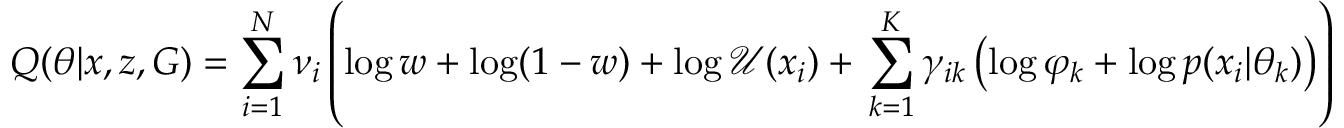
Q ( \theta | x , z , G ) = \sum _ { i = 1 } ^ { N } \nu _ { i } \left( \log w + \log ( 1 - w ) + \log { \mathcal { U } ( x _ { i } ) } + \, \sum _ { k = 1 } ^ { K } \gamma _ { i k } \left( \log \varphi _ { k } + \log p ( x _ { i } | \theta _ { k } ) \right) \right)